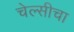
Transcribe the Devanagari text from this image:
चेल्सीचा